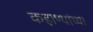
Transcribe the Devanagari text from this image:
कहाण्यांच्या